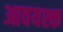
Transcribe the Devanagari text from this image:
आवयश्क